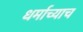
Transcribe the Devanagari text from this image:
धर्माच्याच